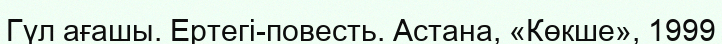
Гүл ағашы. Ертегі-повесть. Астана, «Көкше», 1999